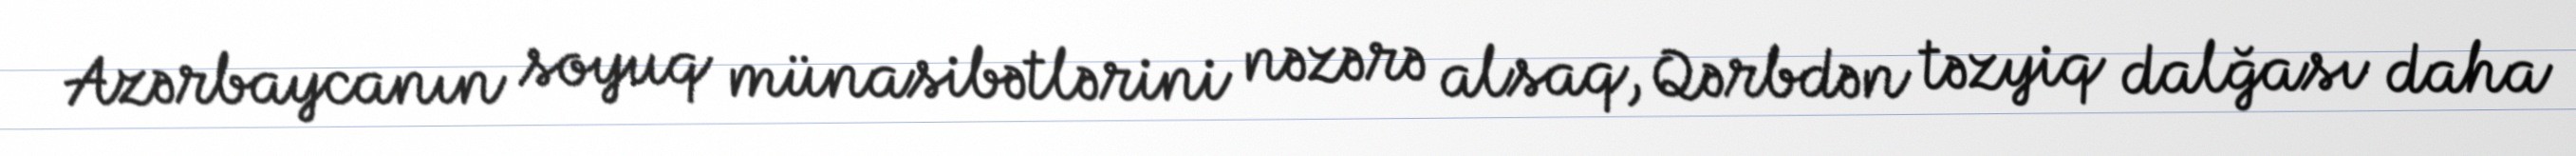
Azərbaycanın soyuq münasibətlərini nəzərə alsaq, Qərbdən təzyiq dalğası daha